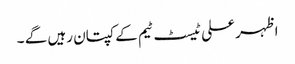
اظہر علی ٹیسٹ ٹیم کے کپتان رہیں گے ۔